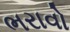
ભરાવો